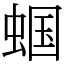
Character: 蝈